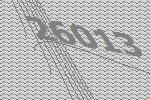
26013